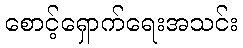
စောင့်ရှောက်ရေးအသင်း